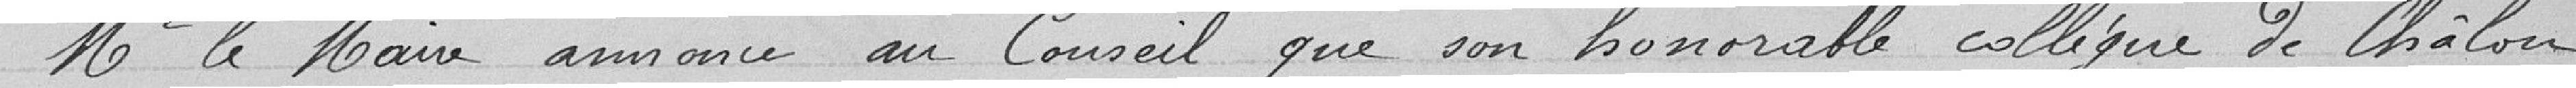
Mr le Maire annonce au Conseil que son honorable collègue de Chalon